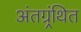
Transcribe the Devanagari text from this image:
अंतग्र्रंथित